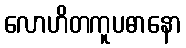
လောဟိတကူပဓာနော